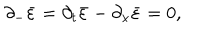
\partial _ { - } \bar { \varepsilon } = \partial _ { t } \bar { \varepsilon } - \partial _ { x } \bar { \varepsilon } = 0 ,